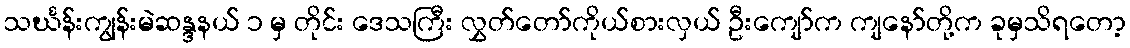
သင်္ဃန်းကျွန်းမဲဆန္ဒနယ် ၁ မှ တိုင်း ဒေသကြီး လွှတ်တော်ကိုယ်စားလှယ် ဦးကျော်က ကျနော်တို့က ခုမှသိရတော့